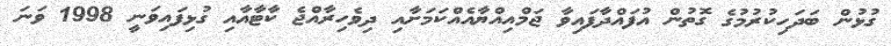
ގުޅުން ބަދަހިކުރުމުގެ ގޮތުން އުފައްދާފައިވާ ޖަމްއިއްޔާއެއްކަމަށާއި ދިވެހިރާއްޖެ ކާޓާއާއި ގުޅިފައިވަނީ 1998 ވަނަ